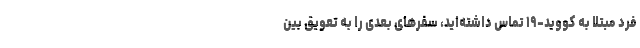
فرد مبتلا به کووید-۱۹ تماس داشته‌اید، سفرهای بعدی را به تعویق بین